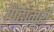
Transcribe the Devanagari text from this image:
पिढामुरी